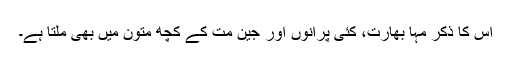
اس کا ذکر مہا بھارت، کئی پرانوں اور جین مت کے کچھ متون میں بھی ملتا ہے۔